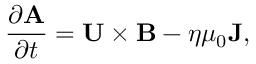
\frac { \partial \mathbf { A } } { \partial t } = \mathbf { U } \times \mathbf { B } - \eta \mu _ { 0 } \mathbf { J } ,